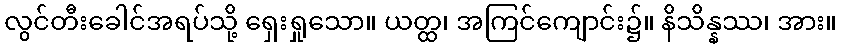
လွင်တီးခေါင်အရပ်သို့ ရှေးရှုသော။ ယတ္ထ၊ အကြင်ကျောင်း၌။ နိသိန္နဿ၊ အား။